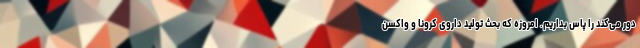
دور می‌کند را پاس بداریم. امروزه که بحث تولید داروی کرونا و واکسن